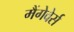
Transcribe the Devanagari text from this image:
मैंगेवेर्स